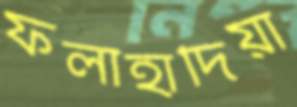
ফলাহাদিয়া